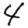
Digit: 4